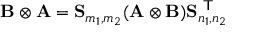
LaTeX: \mathbf { B } \otimes \mathbf { A } = \mathbf { S } _ { m _ { 1 } , m _ { 2 } } ( \mathbf { A } \otimes \mathbf { B } ) \mathbf { S } _ { n _ { 1 } , n _ { 2 } } ^ { \textsf { T } }